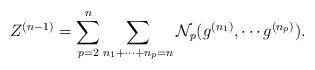
LaTeX: \begin{align*}Z^{(n-1)}=\sum_{p=2}^n\sum_{n_1+\cdots +n_p=n}\mathcal{N}_p(g^{(n_1)},\cdots g^{(n_p)}).\end{align*}